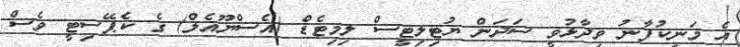
އެ މަނިކުފާނު ވިދާޅުވީ ސަދަން ޔުޓިލިޓީސް ލިމިޓެޑް (އެސްޔޫއެލް) ގެ ކެޕޭސިޓީ ވެސް